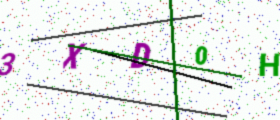
Text: 3XD0H